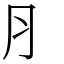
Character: ⺼